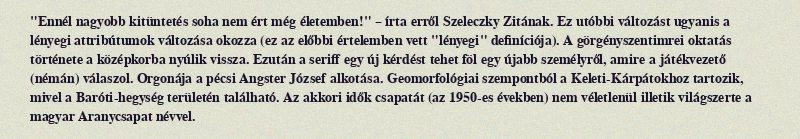
"Ennél nagyobb kitüntetés soha nem ért még életemben!" – írta erről Szeleczky Zitának. Ez utóbbi változást ugyanis a lényegi attribútumok változása okozza (ez az előbbi értelemben vett "lényegi" definíciója). A görgényszentimrei oktatás története a középkorba nyúlik vissza. Ezután a seriff egy új kérdést tehet föl egy újabb személyről, amire a játékvezető (némán) válaszol. Orgonája a pécsi Angster József alkotása. Geomorfológiai szempontból a Keleti-Kárpátokhoz tartozik, mivel a Baróti-hegység területén található. Az akkori idők csapatát (az 1950-es években) nem véletlenül illetik világszerte a magyar Aranycsapat névvel.